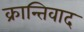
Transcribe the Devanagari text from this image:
क्रान्तिवाद